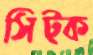
সিট্‌ক